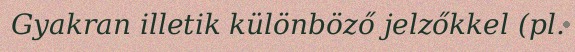
Gyakran illetik különböző jelzőkkel (pl.